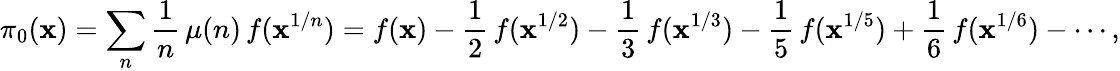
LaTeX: \pi_{0}(\mathbf{x})=\sum_{n}{\frac{{1}}{{n}}}\, \mu(n)\, f(\mathbf{x}^{1/n})=f(\mathbf{x})-{\frac{{1}}{{2}}}\, f(\mathbf{x}^{1/2})-{\frac{{1}}{{3}}}\, f(\mathbf{x}^{1/3})-{\frac{{1}}{{5}}}\, f(\mathbf{x}^{1/5})+{\frac{{1}}{{6}}}\, f(\mathbf{x}^{1/6})-\cdots,